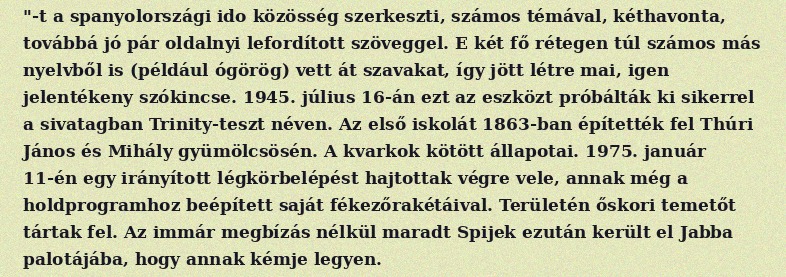
"-t a spanyolországi ido közösség szerkeszti, számos témával, kéthavonta, továbbá jó pár oldalnyi lefordított szöveggel. E két fő rétegen túl számos más nyelvből is (például ógörög) vett át szavakat, így jött létre mai, igen jelentékeny szókincse. 1945. július 16-án ezt az eszközt próbálták ki sikerrel a sivatagban Trinity-teszt néven. Az első iskolát 1863-ban építették fel Thúri János és Mihály gyümölcsösén. A kvarkok kötött állapotai. 1975. január 11-én egy irányított légkörbelépést hajtottak végre vele, annak még a holdprogramhoz beépített saját fékezőrakétáival. Területén őskori temetőt tártak fel. Az immár megbízás nélkül maradt Spijek ezután került el Jabba palotájába, hogy annak kémje legyen.